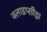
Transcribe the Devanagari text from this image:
क्लाइप्सीड्रा